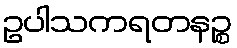
ဥပါသကရတနဉ္စ